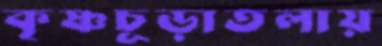
কৃষ্ণচূড়াতলায়